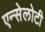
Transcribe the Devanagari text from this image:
एन्सेलोटी